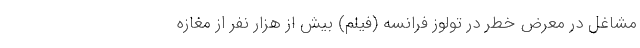
مشاغل در معرض خطر در تولوز فرانسه (فیلم) بیش از هزار نفر از مغازه